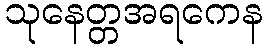
သုနေတ္တအရကေန